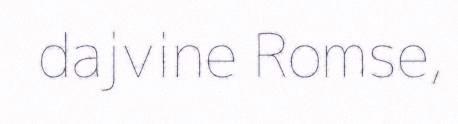
dajvine Romse,